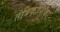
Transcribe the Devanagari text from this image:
तंत्रिकोशिका